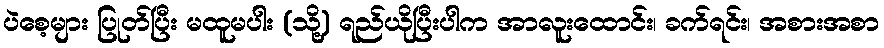
ပဲစေ့များ ပြုတ်ပြီး မထူမပါး (သို့) ရည်ယိုပြီးပါက အာလူးထောင်း၊ ခက်ရင်း၊ အစားအစာ